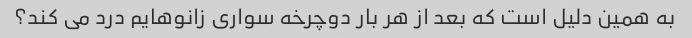
به همین دلیل است که بعد از هر بار دوچرخه سواری زانوهایم درد می کند؟